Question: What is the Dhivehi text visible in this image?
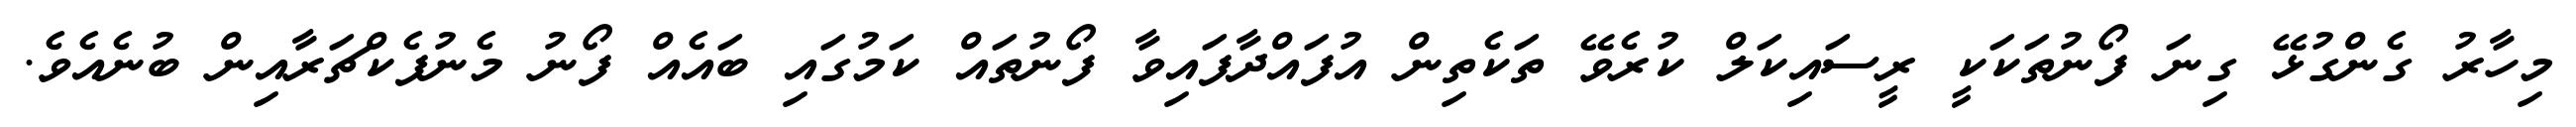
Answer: މިހާރު ގެންގުޅޭ ގިނަ ފޯނުތަކަކީ ރީސައިކަލް ކުރެވޭ ތަކެތިން އުފައްދާފައިވާ ފޯނުތައް ކަމުގައި ބައެއް ފޯނު މެނުފެކްޗަރާއިން ބުނެއެވެ.